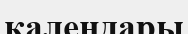
календары